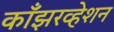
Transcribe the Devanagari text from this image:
काँझरव्हेशन